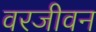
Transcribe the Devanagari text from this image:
वरजीवन